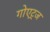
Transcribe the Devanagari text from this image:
गोएट्ज